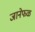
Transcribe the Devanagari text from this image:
जानेफळ